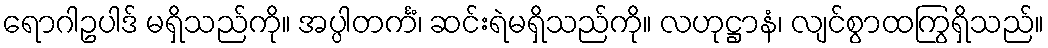
ရောဂါဥပါဒ် မရှိသည်ကို။ အပ္ပါတင်္ကံ၊ ဆင်းရဲမရှိသည်ကို။ လဟုဋ္ဌာနံ၊ လျင်စွာထကြွရှိသည်။